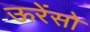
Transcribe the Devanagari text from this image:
ऊरेंसो